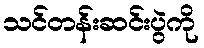
သင်တန်းဆင်းပွဲကို